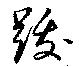
跋